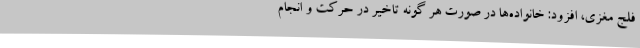
فلج مغزی، افزود: خانواده‌ها در صورت هر گونه تاخیر در حرکت و انجام